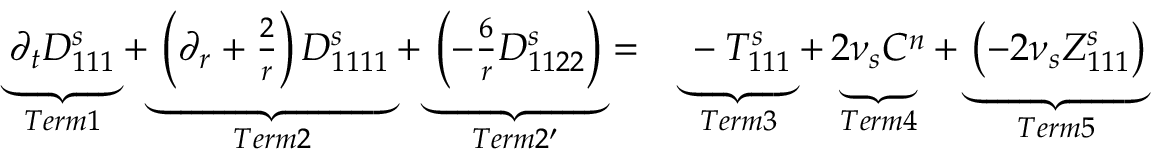
\begin{array} { r l } { \underbrace { \partial _ { t } D _ { 1 1 1 } ^ { s } } _ { T e r m 1 } + \underbrace { \left( \partial _ { r } + \frac { 2 } { r } \right) D _ { 1 1 1 1 } ^ { s } } _ { T e r m 2 } + \underbrace { \left( - \frac { 6 } { r } D _ { 1 1 2 2 } ^ { s } \right) } _ { T e r m 2 ^ { \prime } } = } & { { } \underbrace { - T _ { 1 1 1 } ^ { s } } _ { T e r m 3 } + \underbrace { 2 \nu _ { s } C ^ { n } } _ { T e r m 4 } + \underbrace { \left( - 2 \nu _ { s } Z _ { 1 1 1 } ^ { s } \right) } _ { T e r m 5 } } \end{array}